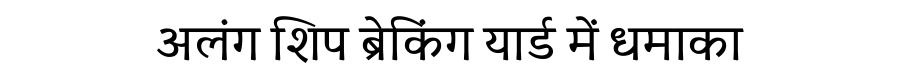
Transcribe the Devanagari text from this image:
अलंग शिप ब्रेकिंग यार्ड में धमाका